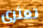
تعثري